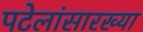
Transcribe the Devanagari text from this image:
पटेलांसारख्या